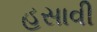
હસાવી